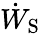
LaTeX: {\dot{W}}_{\mathrm{S}}